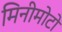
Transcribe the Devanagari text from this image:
मिनीमोटो